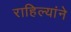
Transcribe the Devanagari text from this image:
राहिल्यांने